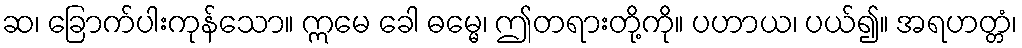
ဆ၊ ခြောက်ပါးကုန်သော။ ဣမေ ခေါ ဓမ္မေ၊ ဤတရားတို့ကို။ ပဟာယ၊ ပယ်၍။ အရဟတ္တံ၊